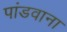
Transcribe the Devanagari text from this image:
पांडवाना